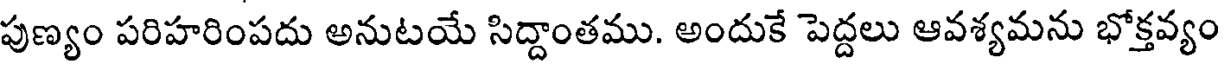
పుణ్యం పరిహరింపదు అనుటయే సిద్దాంతము. అందుకే పెద్దలు ఆవశ్యమను భోక్తవ్యం